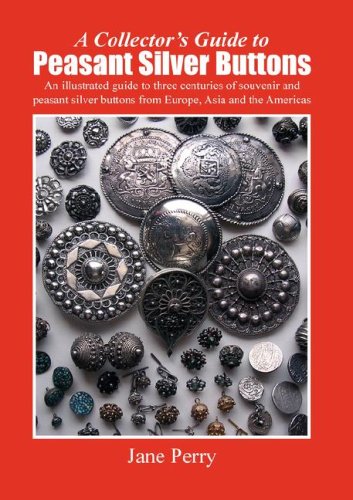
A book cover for A collector's guide to peasant silver buttons; Jane Perry; Crafts, Hobbies & Home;